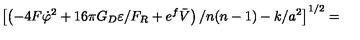
\left[ \left( - 4 F \dot { \varphi } ^ { 2 } + 1 6 \pi G _ { D } \varepsilon / F _ { R } + e ^ { f } \bar { V } \right) / n ( n - 1 ) - k / a ^ { 2 } \right] ^ { 1 / 2 } =